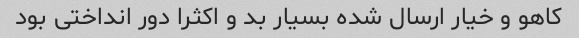
کاهو و خیار ارسال شده بسیار بد و اکثرا دور انداختی بود